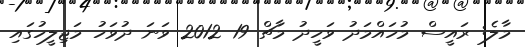
މާލެ: ރައީސް މުހައްމަދު ވަހީދު މާޗް 19 2012 ވަނަ ދުވަހު މަޖިލީހުގައި